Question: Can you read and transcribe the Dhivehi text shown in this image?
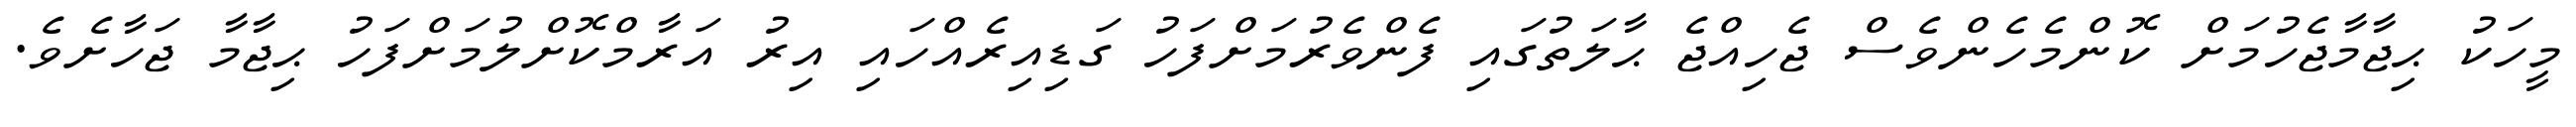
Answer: މީހަކު ޙިޖާމާޖެހުމަށް ކޮންމެހެންވެސް ޖެހިއްޖެ ޙާލަތުގައި ފެންވެރުމަށްފަހު ގަޑިއިރެއްހައި އިރު އަރާމްކޮށްލުމަށްފަހު ޙިޖާމާ ޖަހާށެވެ.